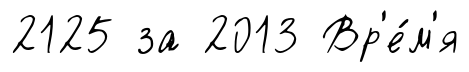
2125 за 2013 Вр'е́м'я